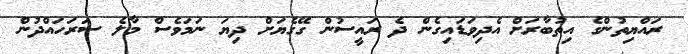
ރައްޔިތުންގެ އިތުބާރަށް އެދިވަޑައިގެން ދެ ރައީސުން ގޭގެޔަށް ދިޔަ ނަމަވެސް މާލެ ސަރަހައްދުން